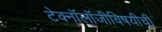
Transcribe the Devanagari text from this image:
टेक्नॉलॉजीविषयीची